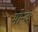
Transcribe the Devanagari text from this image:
मोन्‍द